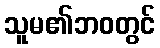
သူမ၏ဘဝတွင်